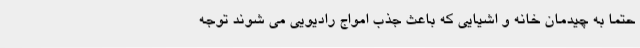
حتما به چیدمان خانه و اشیایی که باعث جذب امواج رادیویی می شوند توجه